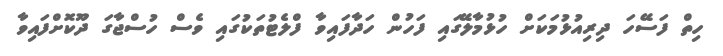
ހިތް ފަސޭހަ ދިރިއުޅުމަކަށް ހުޅުމާލޭގައި ފަހުން ހަދާފައިވާ ފްލެޓުތަކުގައި ވެސް ހުސްޖާގަ ދޫކޮށްފައިވާ